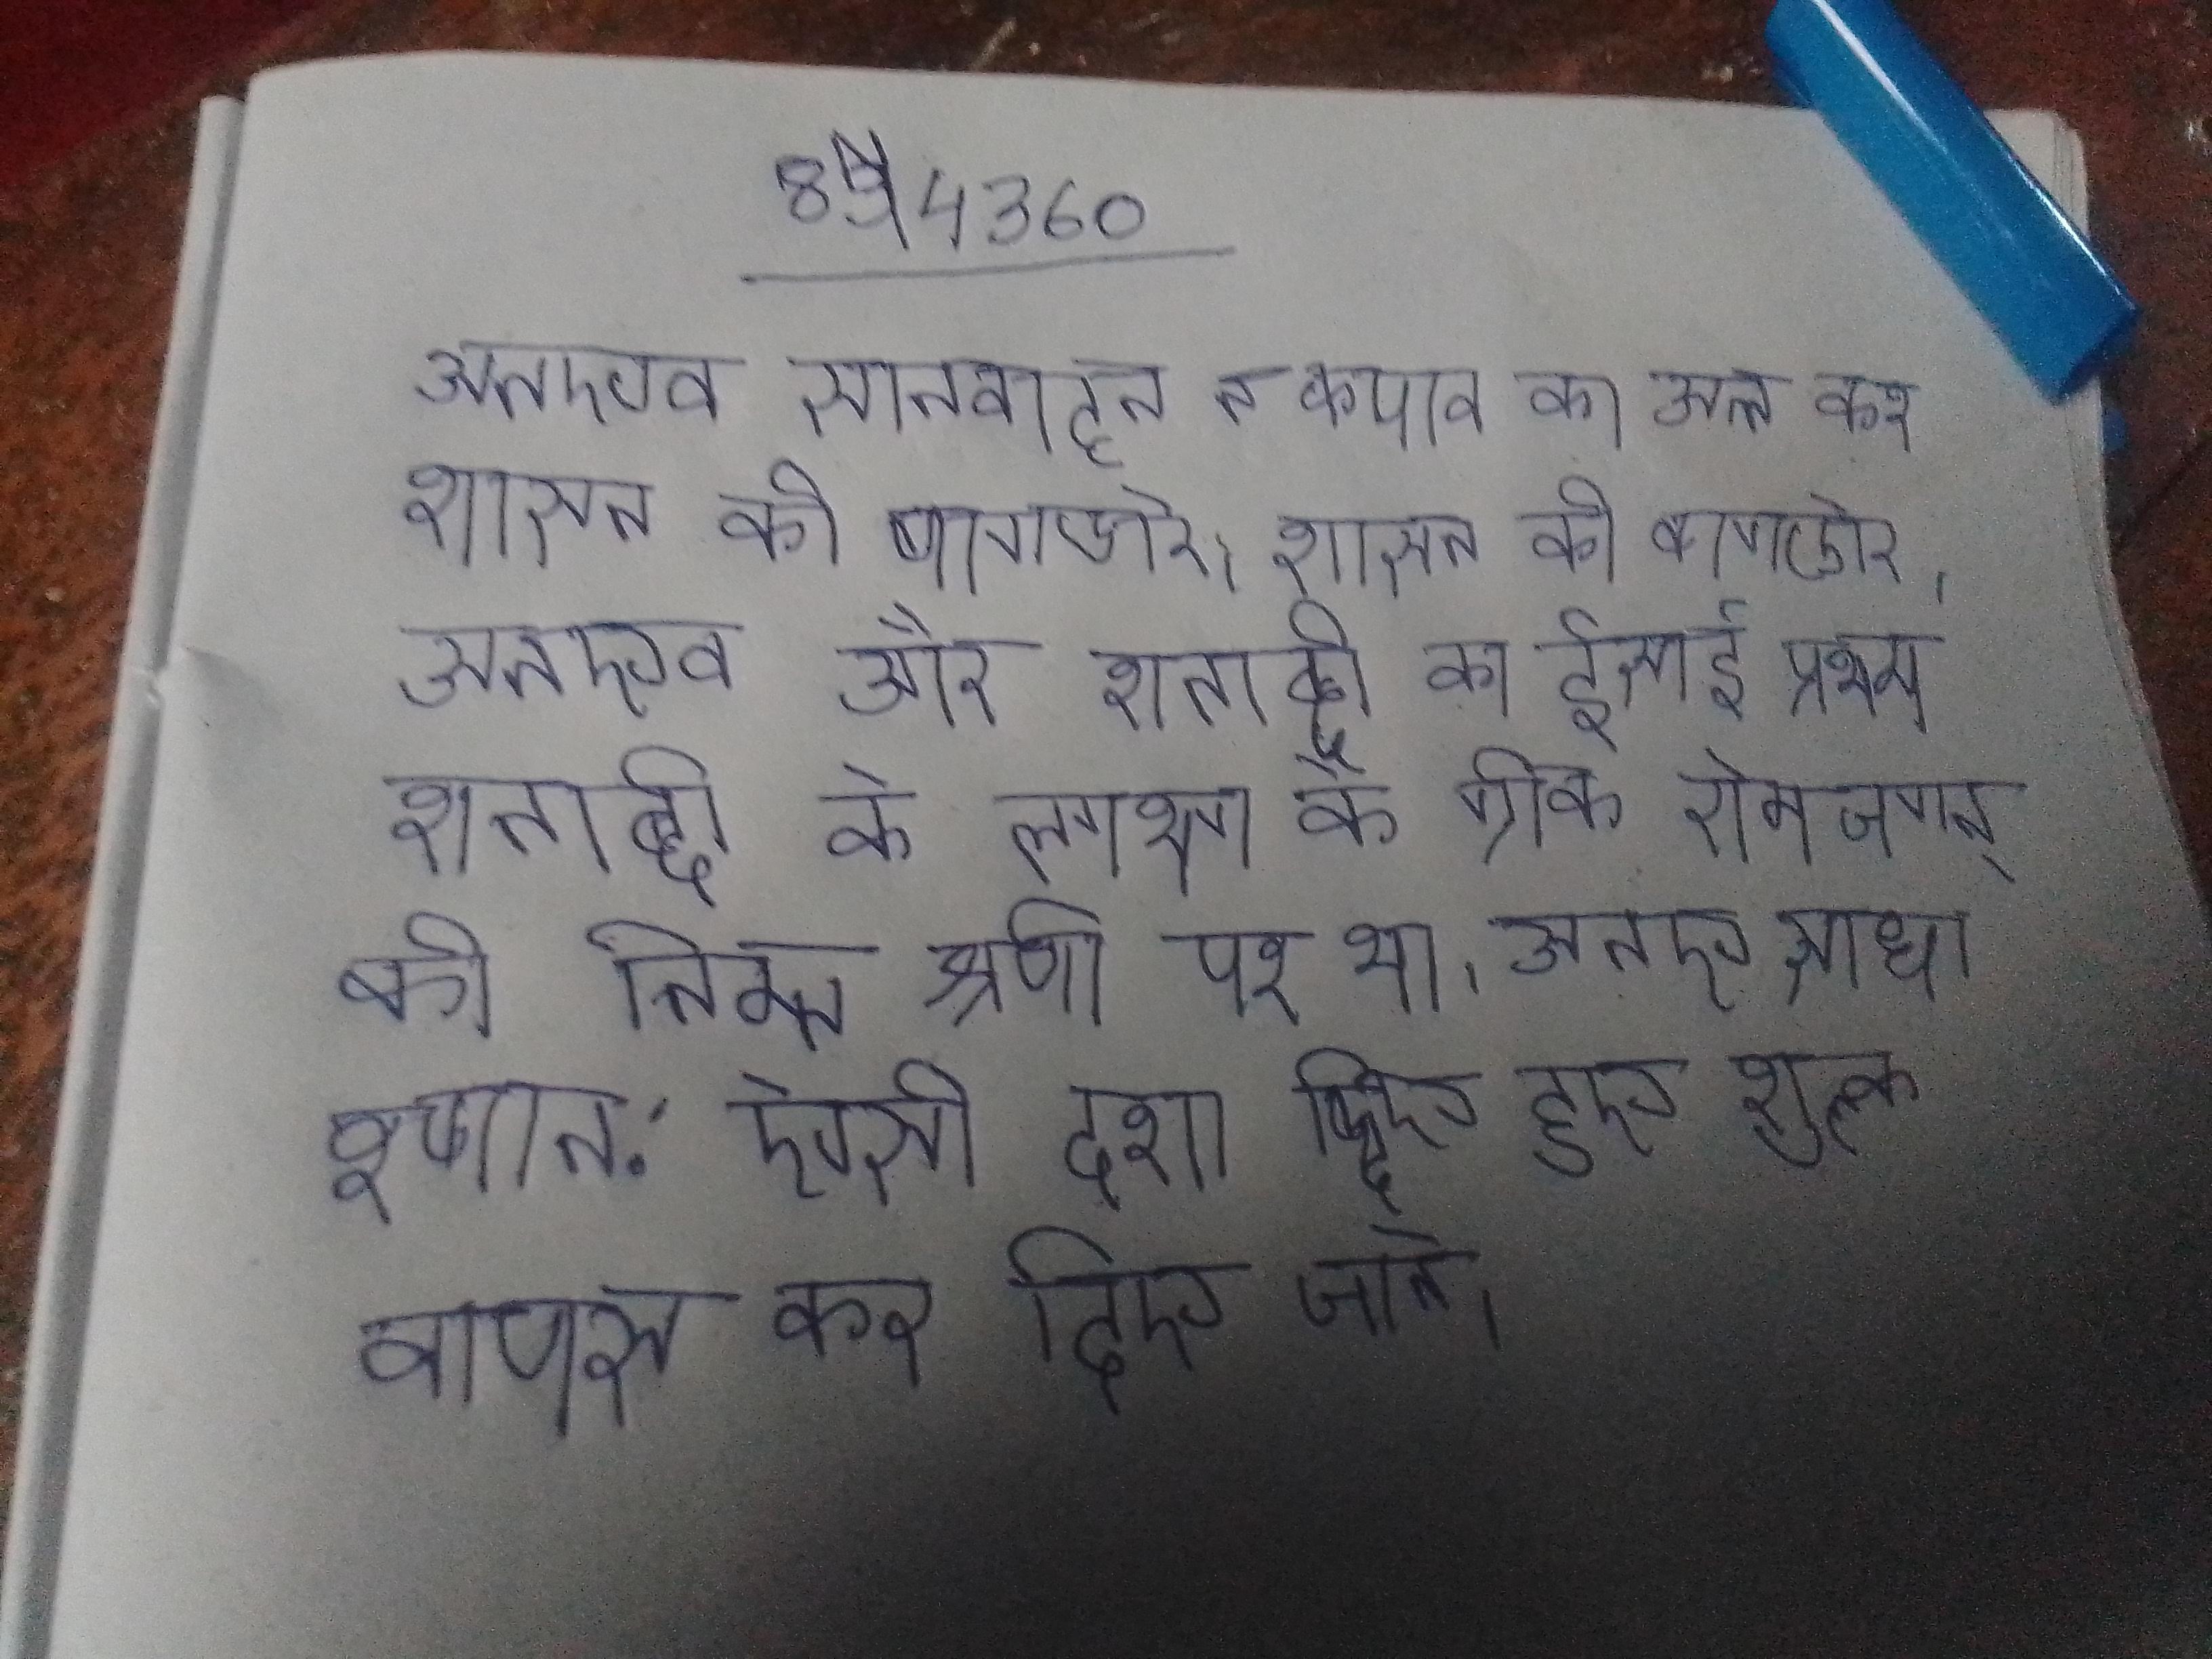
अतएव सातवाहन ने कण्व का अन्त कर शासन की बागडोर । अतएव और शताब्दी का ईसाई प्रथम शताब्दी के लगभग के ग्रीक रोम जगत् की अपेक्षा सभ्यता की निम्न श्रेणी पर था । अतएव साधारणत: ऐसी दशा दिए हुए शुल्क वापस कर दिए जाते ।